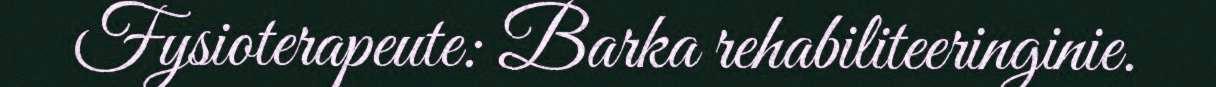
Fysioterapeute: Barka rehabiliteeringinie.